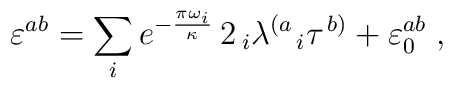
\varepsilon^{ab}=\sum_{i}e^{-{{\pi\omega_i}\over\kappa}}\,2\,_i{\lambda^{\left(a\right.}}_i\tau^{\left.b\right)}+\varepsilon^{ab}_0\;,